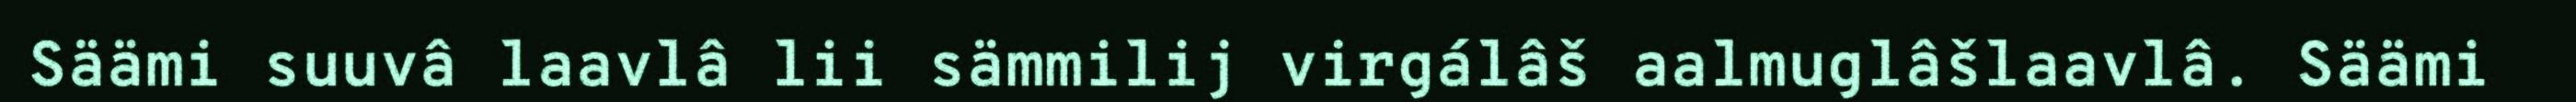
Säämi suuvâ laavlâ lii sämmilij virgálâš aalmuglâšlaavlâ. Säämi